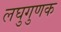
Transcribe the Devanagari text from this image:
लघुगुणक